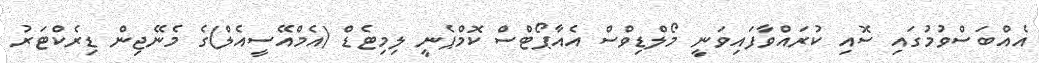
އެއްބަސްވުމުގައި ސޮއި ކުރައްވާފައިވަނީ މޯލްޑިވްސް އެއާޕޯޓްސް ކޮމްޕެނީ ލިމިޓެޑް (އެމްއޭސީއެލް)ގެ މެނޭޖިން ޑިރެކްޓަރު